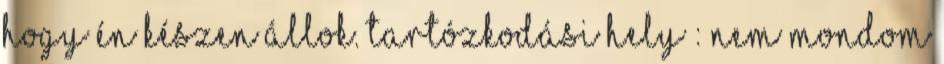
hogy én készen állok. Tartózkodási hely : nem mondom